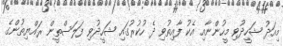
މިއަދު ޝަހީދުވި މީހުންނާއި އެކު ފާއިތުވި ދެ ހުކުރުގައި ޝަހީދުވި ފަލަސްތީން ރައްޔިތުންގެ